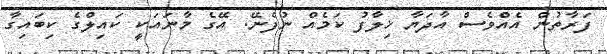
ފަރާތުން އެއްވެސް އާދަޔާ ޚިލާފު ކަމެއް ނުފެނޭ. އޭގެ މާނައަކީ ކައިލްގެ ކިބައިގާ